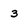
Character: 3